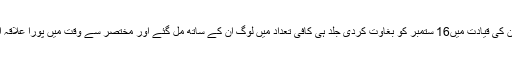
کھرل لوگوں نے احمد خان کی قیادت میں16 ستمبر کو بغاوت کردی جلد ہی کافی تعداد میں لوگ ان کے ساتھ مل گئے اور مختصر سے وقت میں پورا علاقہ انقلاب کی گرفت میں تھا۔